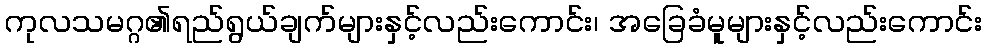
ကုလသမဂ္ဂ၏ရည်ရွယ်ချက်များနှင့်လည်းကောင်း၊ အခြေခံမူများနှင့်လည်းကောင်း